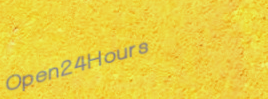
Open24Hours